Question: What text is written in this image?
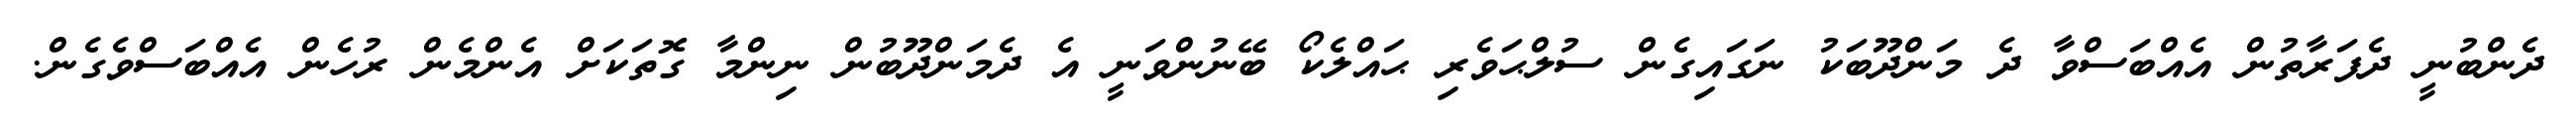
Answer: ދެންބުނީ ދެފަރާތުން އެއްބަސްވާ ދެ މަންދޫބަކު ނަގައިގެން ސުލްޙަވެރި ޙައްލެކޯ ބޭނުންވަނީ އެ ދެމަންދޫބުން ނިންމާ ގޮތަކަށް އެންމެން ރުހެން އެއްބަސްވެގެން.